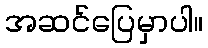
အဆင်ပြေမှာပါ။